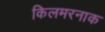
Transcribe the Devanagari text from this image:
किलमरनाक